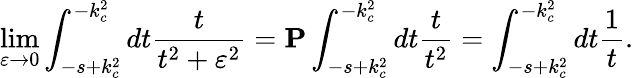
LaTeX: \operatorname*{lim}_{\varepsilon\to 0}\int_{-s+k_{c}^{2}}^{-k_{c}^{2}}dt\frac{t}{t^{2}+\varepsilon^{2}}={\mathbf P}\int_{-s+k_{c}^{2}}^{-k_{c}^{2}}dt\frac{t}{t^{2}}=\int_{-s+k_{c}^{2}}^{-k_{c}^{2}}dt\frac{1}{t}.